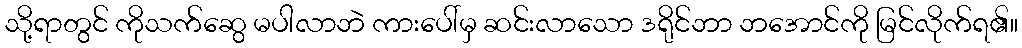
သို့ရာတွင် ကိုသက်ဆွေ မပါလာဘဲ ကားပေါ်မှ ဆင်းလာသော ဒရိုင်ဘာ ဘအောင်ကို မြင်လိုက်ရ၏။